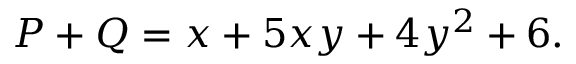
P + Q = x + 5 x y + 4 y ^ { 2 } + 6 .